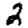
Digit: 2